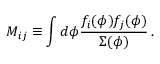
M _ { i j } \equiv \int d \phi { \frac { f _ { i } ( \phi ) f _ { j } ( \phi ) } { { \mit \Sigma } ( \phi ) } } \, .